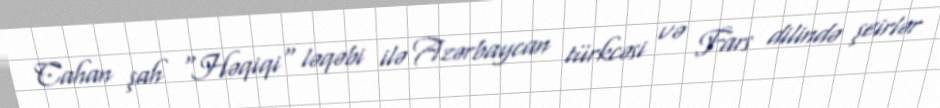
Cahan şah "Həqiqi" ləqəbi ilə Azərbaycan türkcəsi və Fars dilində şeirlər